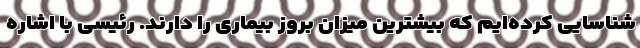
شناسایی کرده‌ایم که بیشترین میزان بروز بیماری را دارند. رئیسی با اشاره